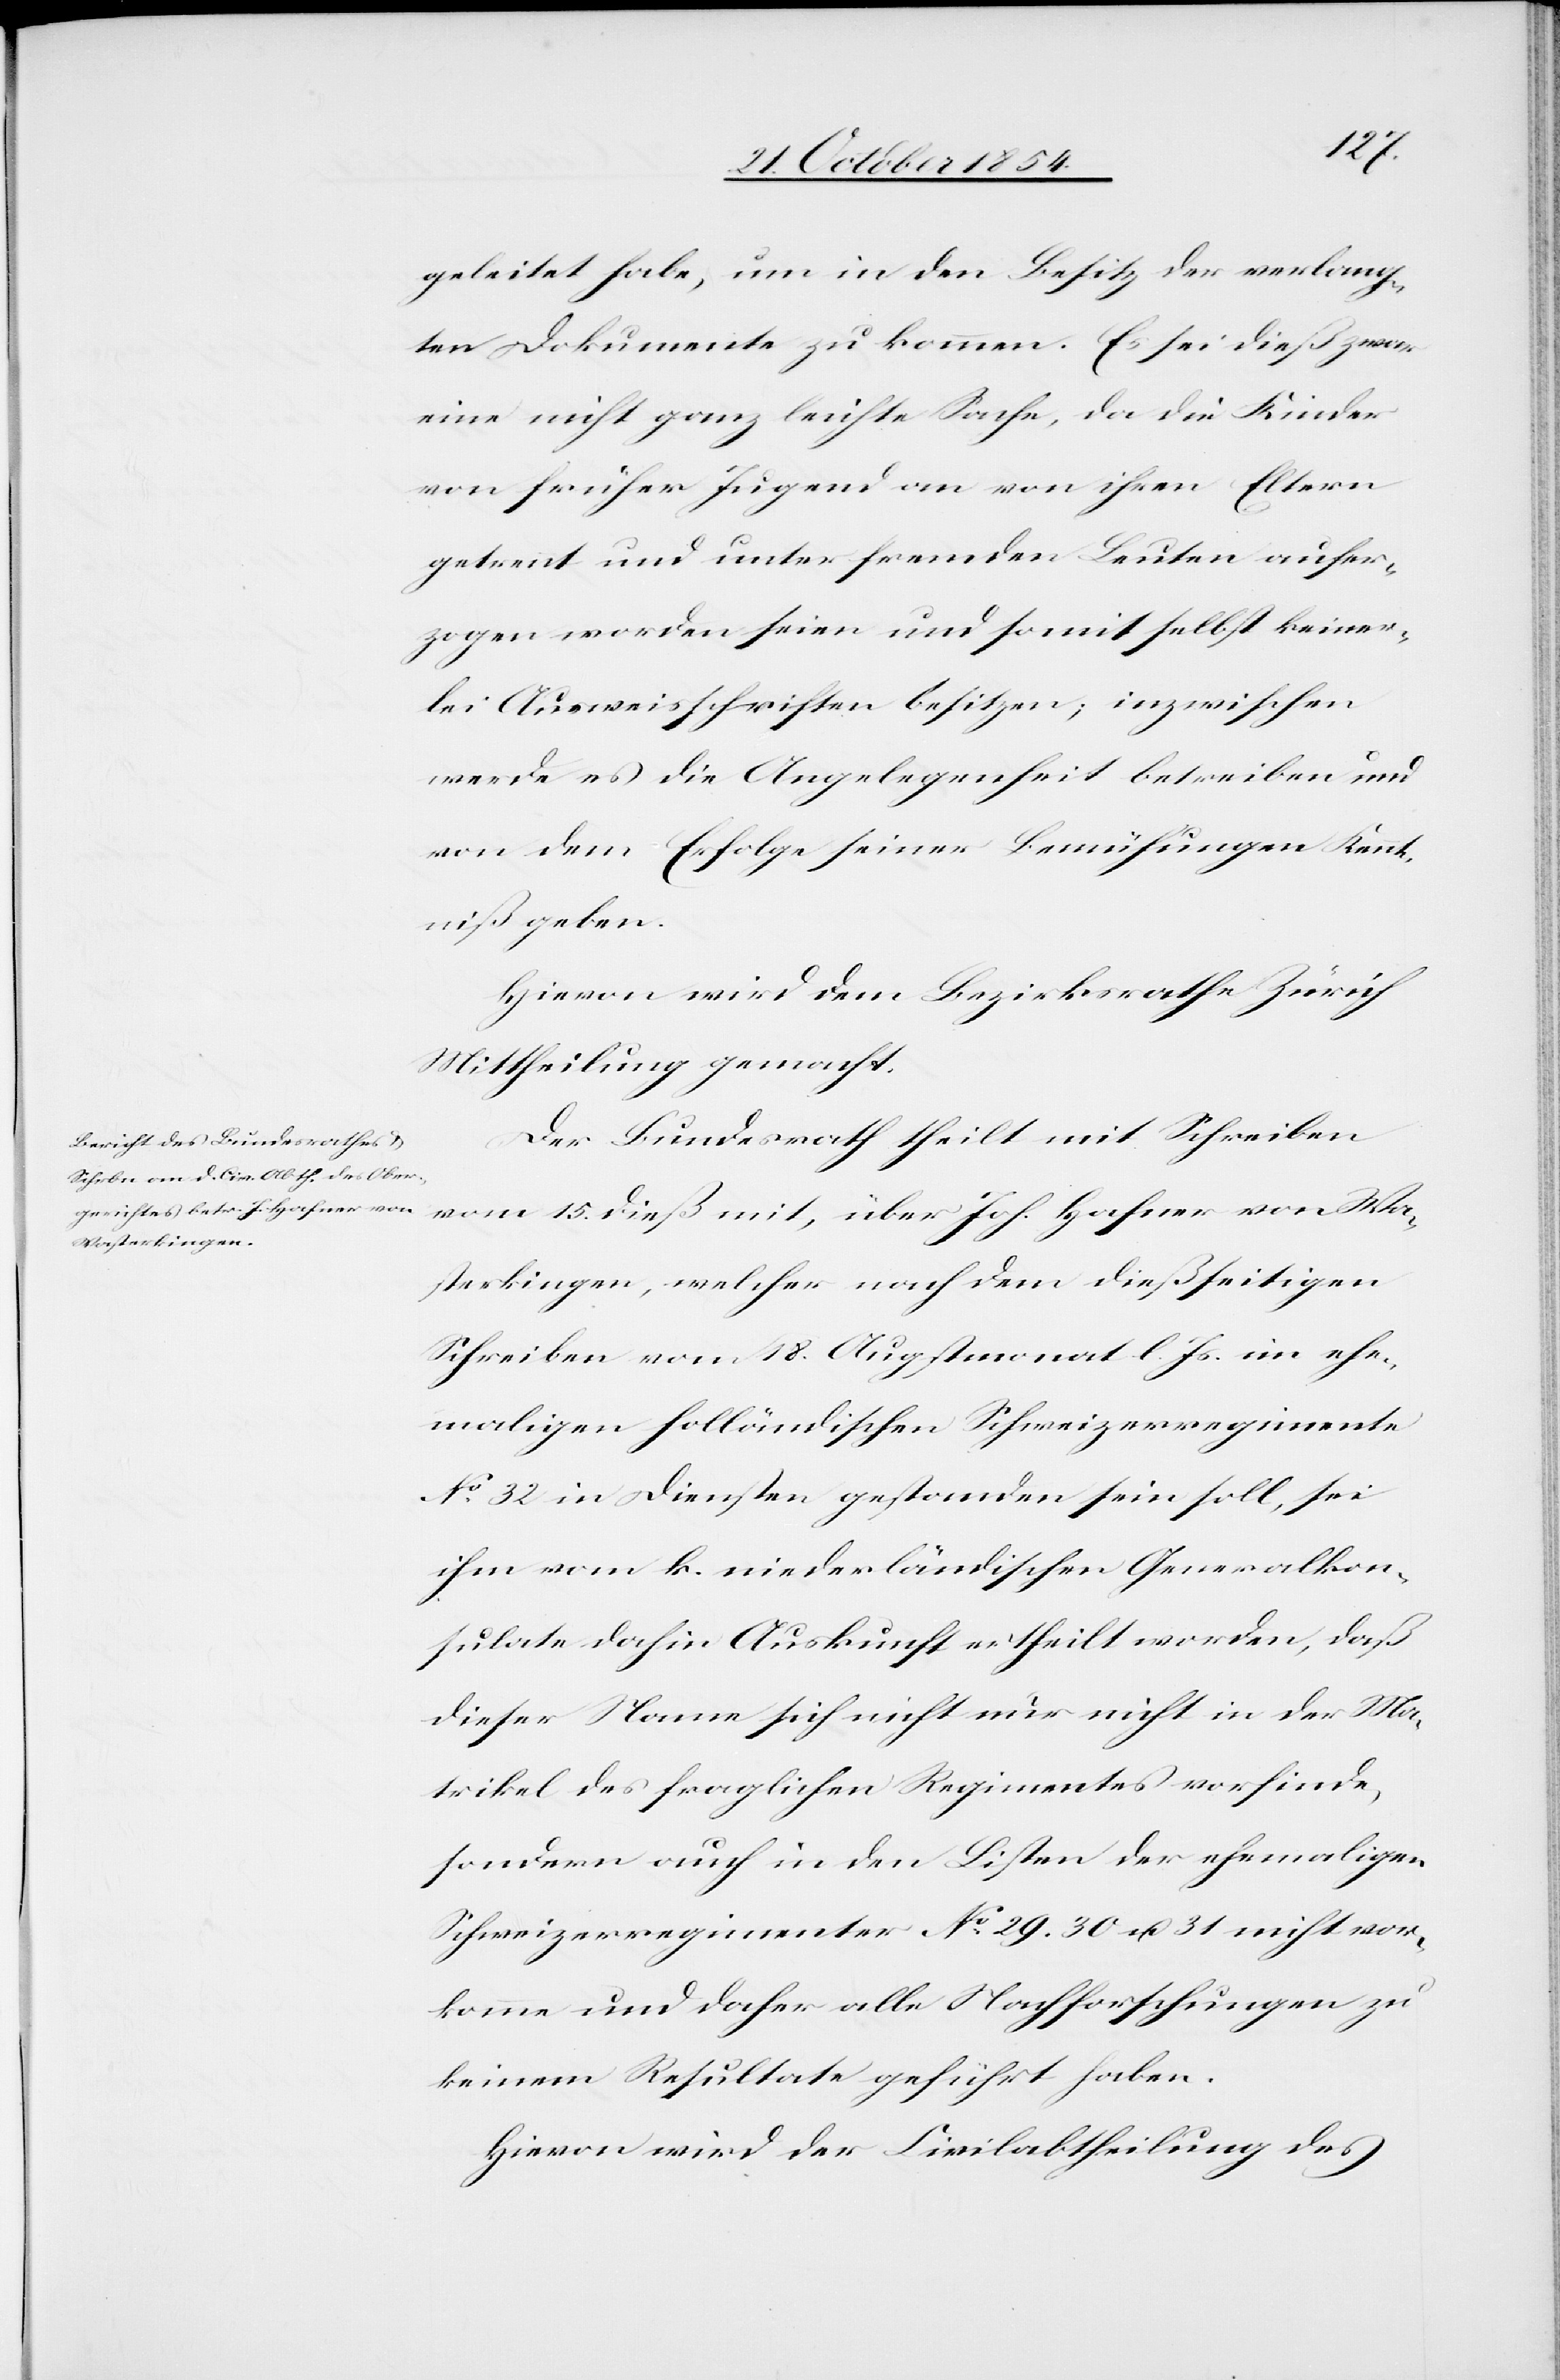
geleitet habe, um in den Besitz der verlang¬
ten Dokumenten zu kommen. Es sei dieß zwar
eine nicht ganz leichte Sache, da die Kinder
von früher Jugend an von ihren Eltern
getrennt und unter fremden Leuten aufer¬
zogen worden seien und somit selbst keiner¬
lei Ausweisschriften besitzen; inzwischen
werde es die Angelegenheit betreiben und
von dem Erfolge seiner Bemühungen Kennt¬
niß geben.
Hievon wird dem Bezirksrathe Zürich
Mittheilung gemacht.
Der Bundesrath theilt mit Schreiben
vom 15. dieß mit, über Joh. Hafner von Wa¬
sterkingen, welcher nach dem dießseitigen
Schreiben vom 18. Augstmonat l. Js. im ehe¬
maligen holländischen Schweizerregimente
No 32 in Diensten gestanden sein soll, sei
ihm vom k. niederländischen Generalkon¬
sulate dahin Auskunft ertheilt worden, daß
dieser Name sich nicht nur nicht in der Ma¬
trikel des fraglichen Regimentes vorfinde,
sondern auch in den Listen der ehemaligen
Schweizerregimenter No 29. 30 u. 31 nicht vor¬
komme und daher alle Nachforschungen zu
keinem Resultate geführt haben.
Hievon wird der Civilabtheilung des